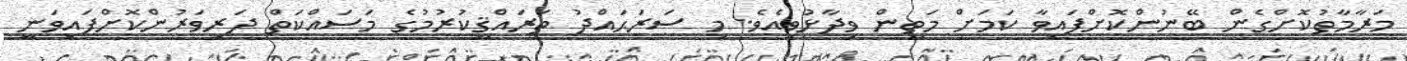
މަރާމާތުކޮށްގެން ބޭނުންކޮށްފައިވާ ކަމަށް މަތީން ވިދާޅުވިއެވެ. މި ސަރަޙައްދު ތަރައްޤީކުރުމުގެ މަސައްކަތް ދަރިވަރުންކޮށްފައިވަނީ